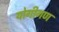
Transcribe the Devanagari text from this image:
योगीगण